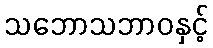
သဘောသဘာဝနှင့်